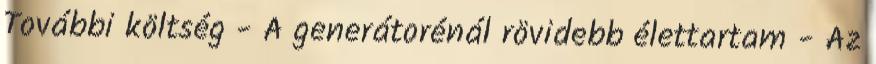
További költség - A generátorénál rövidebb élettartam - Az